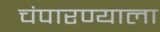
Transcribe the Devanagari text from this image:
चंपारण्याला